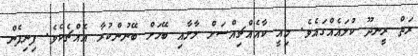
ރަތް ރީނދޫ ކުލައެއްގައެވެ. މިއީ ކާއެއްޗިއްސަށް ލާށާއި ބޭހަށް ބޭނުންކުރާ އެއްޗެކެވެ. ފިނިފެން